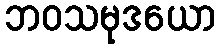
ဘဝသမုဒယော